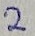
Text: 2